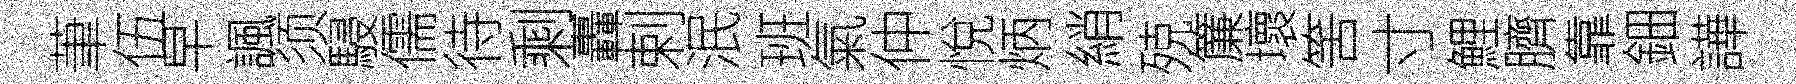
茟伍早諷须駸儒待剩轟剌泯班氣仲悅炳綃殑簾壞筈寸鯉臍靠鈿譁